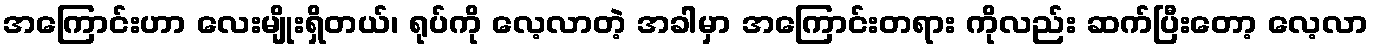
အကြောင်းဟာ လေးမျိုးရှိတယ်၊ ရုပ်ကို လေ့လာတဲ့ အခါမှာ အကြောင်းတရား ကိုလည်း ဆက်ပြီးတော့ လေ့လာ